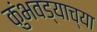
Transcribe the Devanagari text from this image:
कुंभवड्याच्या